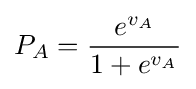
P_{A}={\frac {e^{v_{A}}}{1+e^{v_{A}}}}